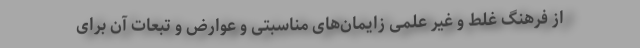
از فرهنگ غلط و غیر علمی زایمان‌های مناسبتی و عوارض و تبعات آن برای